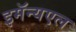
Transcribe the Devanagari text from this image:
इमॅन्यएल